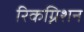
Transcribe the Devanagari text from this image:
रिकग्निशन